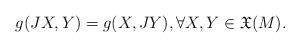
LaTeX: \begin{align*}g(JX,Y)=g(X,JY), \forall X, Y \in {\mathfrak X} (M).\end{align*}